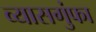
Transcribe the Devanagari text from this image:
व्यासगुंफा